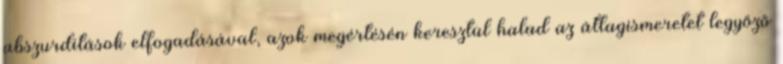
abszurditások elfogadásával, azok megértésén keresztül halad az átlagismeretet legyőző